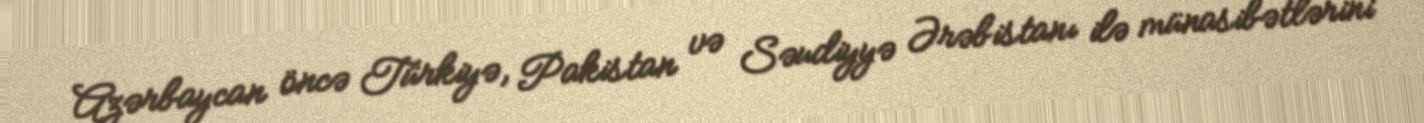
Azərbaycan öncə Türkiyə, Pakistan və Səudiyyə Ərəbistanı ilə münasibətlərini